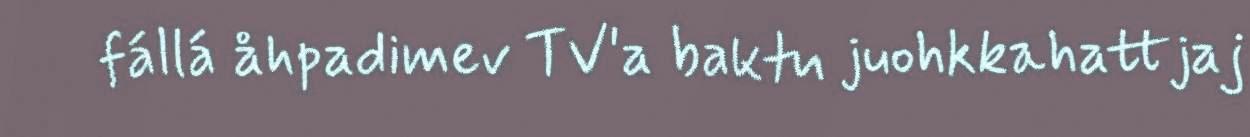
fállá åhpadimev TV'a baktu juohkkahattjaj